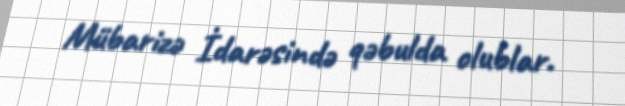
Mübarizə İdarəsində qəbulda olublar.